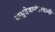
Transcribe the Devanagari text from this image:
वासुदेवानंदस्वामी